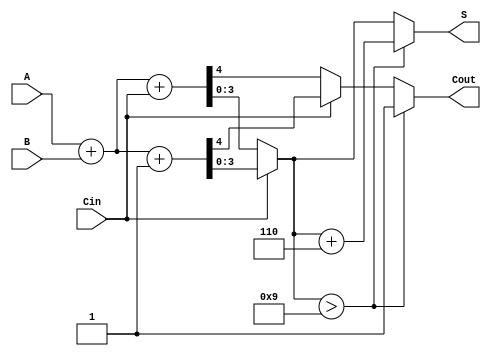
module BCD_MCSA (
    input [3:0] A,      // BCD input A
    input [3:0] B,      // BCD input B
    input Cin,          // Carry-in
    output reg [3:0] S, // BCD sum output
    output reg Cout     // Carry-out
);

    // Intermediate signals for two paths
    wire [4:0] sum0;    // Sum when Cin = 0
    wire [4:0] sum1;    // Sum when Cin = 1
    wire carry0;        // Carry-out when Cin = 0
    wire carry1;        // Carry-out when Cin = 1

    // Initial addition for Cin = 0
    assign sum0 = A + B + Cin; // 4-bit + 4-bit + 1-bit = 5-bit result
    assign carry0 = sum0[4];   // Carry-out for Cin = 0

    // Initial addition for Cin = 1
    assign sum1 = A + B + 1'b1; // 4-bit + 4-bit + 1-bit = 5-bit result
    assign carry1 = sum1[4];    // Carry-out for Cin = 1

    // Select the appropriate sum and carry based on Cin
    always @(*) begin
        if (Cin == 1'b0) begin
            S = sum0[3:0]; // Take lower 4 bits for sum
            Cout = carry0; // Carry-out for Cin = 0
        end else begin
            S = sum1[3:0]; // Take lower 4 bits for sum
            Cout = carry1; // Carry-out for Cin = 1
        end

        // BCD correction logic
        if (S > 4'b1001) begin
            S = S + 4'b0110; // Add 6 to correct BCD
            Cout = 1;        // Set carry-out if correction is applied
        end
    end

endmodule